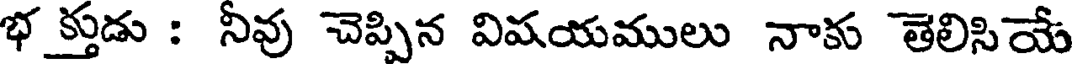
భ క్తుడు : నీవు చెప్పిన విషయములు నాకు తెలిసియే